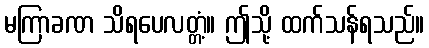
မကြာခဏ သိရပေလတ္တံ့။ ဤသို့ ထက်သန်ရသည်။